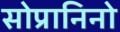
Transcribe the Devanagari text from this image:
सोप्रानिनो